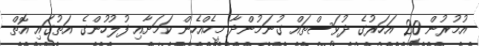
އުމުރުން 20 އަހަރުގެ ދުވަސްތައް ގުނަމުންދާ މީހެއްހެން ކަމަށާއި ފުލުހުންގެ އަތުގައި އޮތް